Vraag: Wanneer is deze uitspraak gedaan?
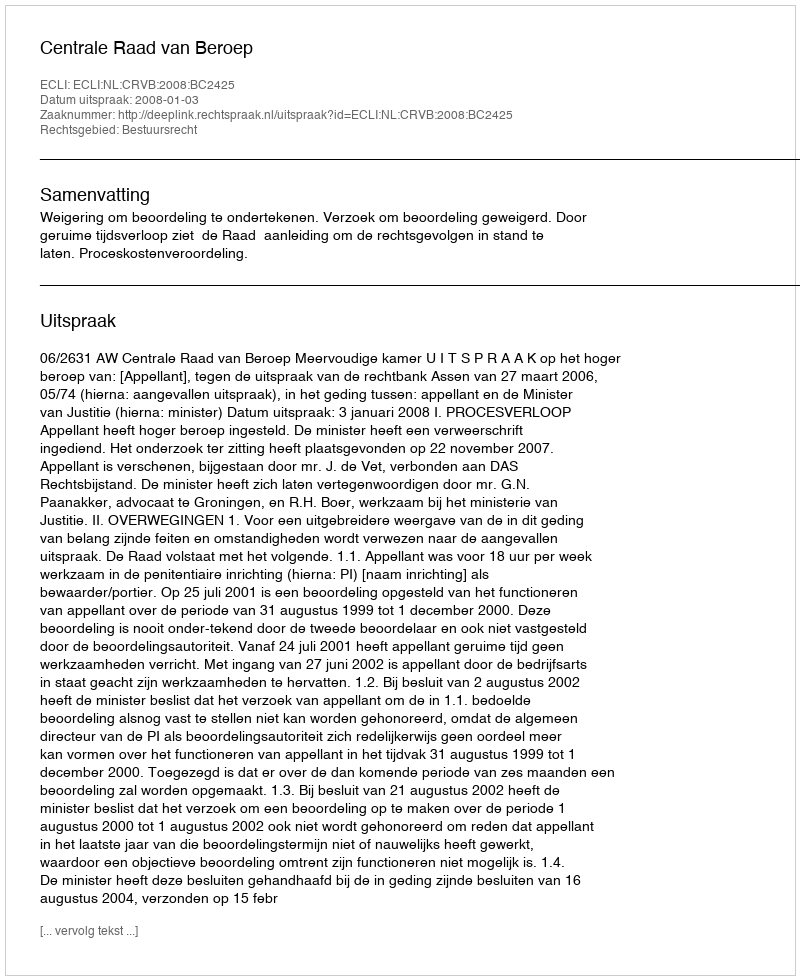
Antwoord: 2008-01-03